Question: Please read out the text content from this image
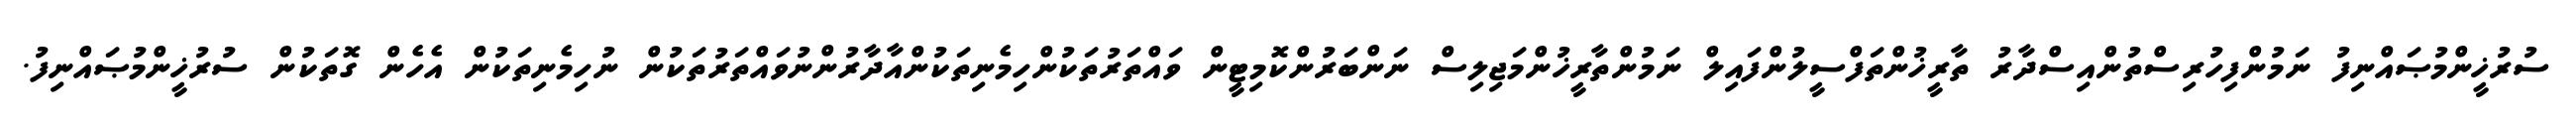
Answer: ސުރުޚީންމުޞައްނިފު ނަމުންފިހުރިސްތުންއިސްދާރު ތާރީޚުންތަފްސީލުންފައިލް ނަމުންތާރީޚުންމަޖިލިސް ނަންބަރުންކޮމިޓީން ވައްތަރުތަކުންހިމެނިތަކުންއާދާރުންނުވައްތަރުތަކުން ނުހިމެނިތަކުން އެހެން ގޮތަކުން ސުރުޚީންމުޞައްނިފު.